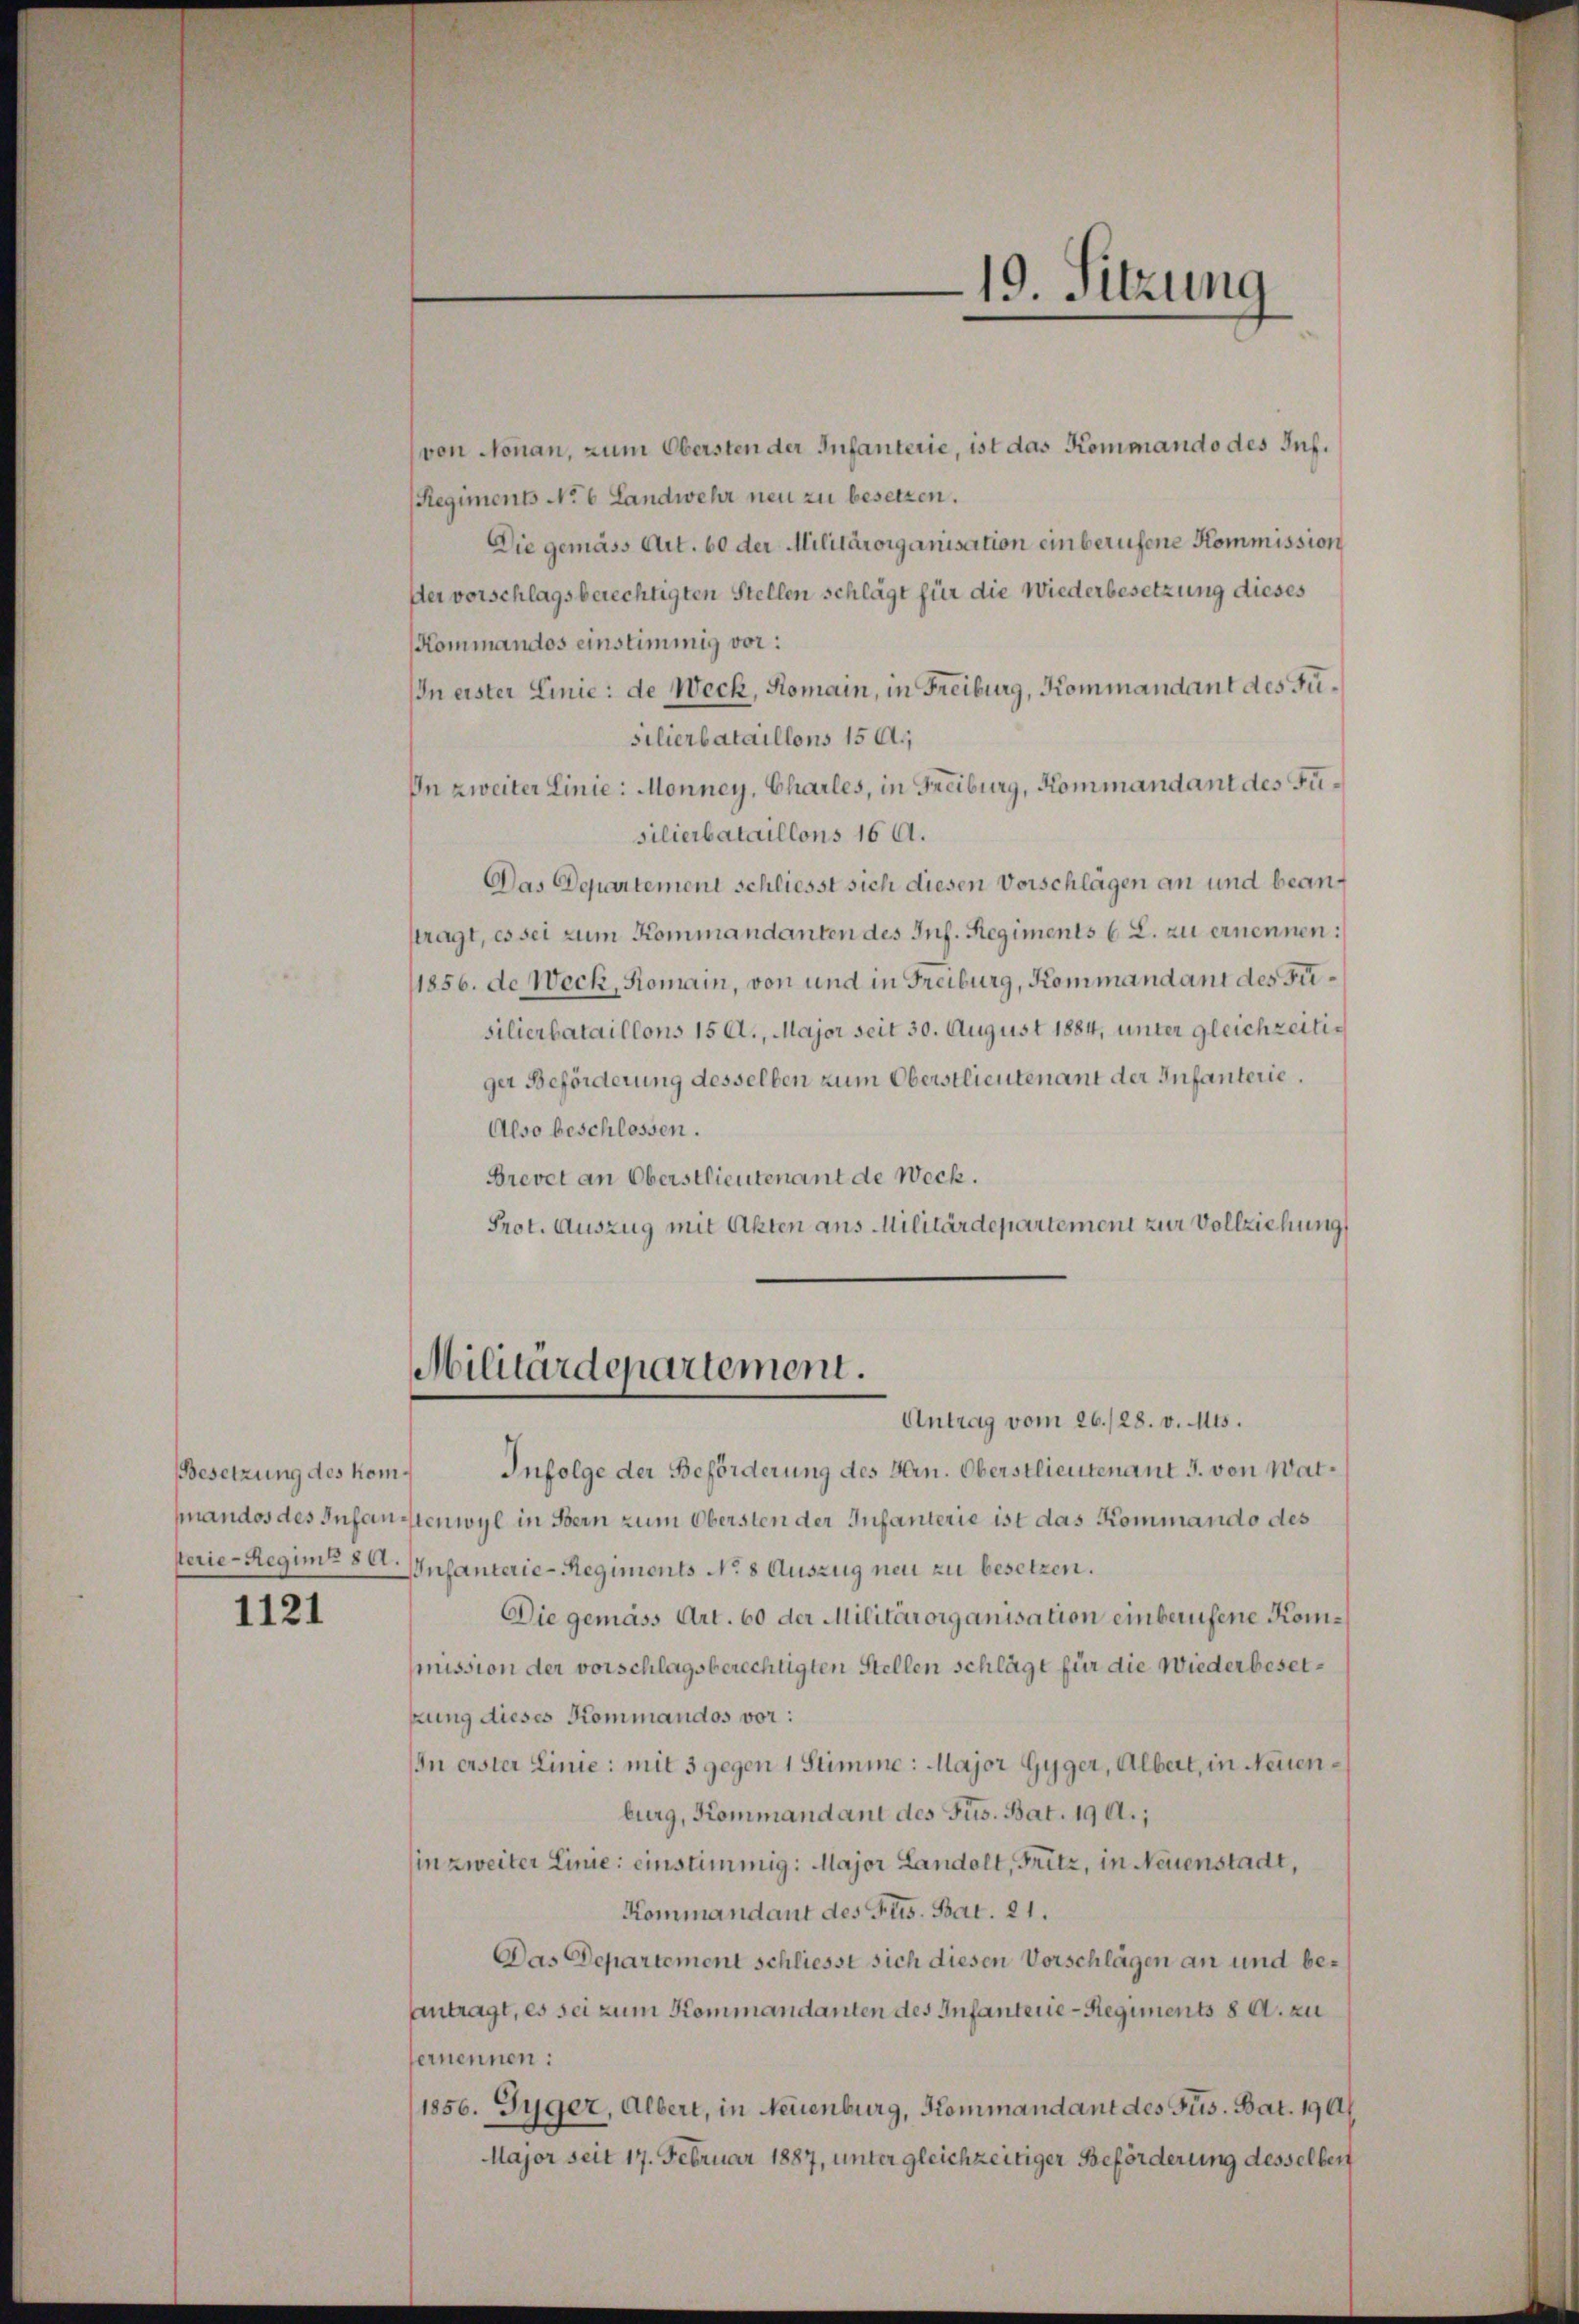
Besetzung des kom¬

1121

von Nonan, zum Obersten der Infanterie, ist das Kommando des Inf.
Regiments No 6 Landwehr neu zu besetzen.
Die gemäss Art. 60 der Militärorganisation einberufene Kommission
Der vorschlagsberechtigten Stellen schlägt für die Wiederbesetzung dieses
Kommandos einstimmig vor:
IIn eister Linie: de Weck, Komain, in Freiburg, Kommandant des Fusilierbataillons 15 A.,
In zweiter Linie: Monney, Charles, in Freiburg, Kommandant des Fusilierbataillons 16 A.
Das Departement schliesst sich diesen Vorschlägen an und beanttragt, es sei zum Kommandanten des Inf. Regiments C. L. zu ernennen:
11856. de Weck, Romain, von und in Freiburg, Kommandant des Fisilierbataillons 15 Al., Major seit 30. August 1884, unter gleichzeitiger Beförderung desselben zum Oberstlieutenant der Infanterie
Also beschlossen.
Brevet an Oberstlieutenant de Weck.
Prot. Auszug mit Akten aus Militärdepartement zur Vollziehung

Militärdepartement.

.
19. Sitzung

Antrag vom 26./28. v. Mts.
Infolge der Beförderung des Hrn. Oberstlieutenant J. von Watfandos des Infanstenwyl in Bern zum Obersten der Infanterie ist das Kommando des
sterie-Regimes Infanterie-Regiments No 8 Auszug neu zu besetzen.
Die gemäss Art. 60 der Militärorganisation einberufene Kommission der vorschlagsberechtigten Stellen schlägt für die Wiederbesetkung dieses Kommandos vor:
In erster Linie: mit 3 gegen 1 Stimme: Major Gyger, Albert, in Neuenburg, Kommandant des Fus. Bat. 190.;
in zweiter Linie einstimmig: Major Landolt, Fritz, in Neuenstadt,
Kommandant des Fus. Bat. 21.
Das Departement schliesst sich diesen Vorschlägen an und beantragt, es sei zum Kommandanten des Infanterie-Regiments 8 a. zu
fernennen:
1856. Juger, Albert, in Neuenburg, Kommandant des Fus. Bat. 190
Major seit 17. Februar 1887, unter gleichzeitiger Beförderung desselben